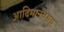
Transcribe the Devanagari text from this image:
आदिमानवसद्य